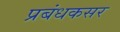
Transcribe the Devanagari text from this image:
प्रबंधकसर